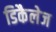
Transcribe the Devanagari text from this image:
डिकैलेज